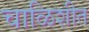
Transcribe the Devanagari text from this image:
चाळिशीत